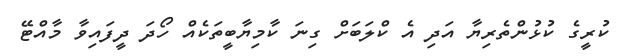
ކުރީގެ ކުޅުންތެރިޔާ އަދި އެ ކްލަބަށް ގިނަ ކާމިޔާބީތަކެއް ހޯދަ ދީފައިވާ މާއްޓޭ